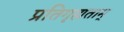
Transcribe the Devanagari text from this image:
प्रतिगृह्यताम्